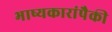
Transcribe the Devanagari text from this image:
भाष्यकारांपैकी